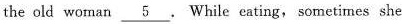
the old woman \underline{5}. While eating, sometimes she